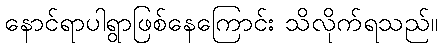
နောင်ရာပါရွာဖြစ်နေကြောင်း သိလိုက်ရသည်။